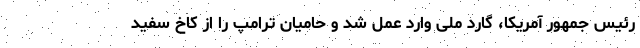
رئیس جمهور آمریکا، گارد ملی وارد عمل شد و حامیان ترامپ را از کاخ سفید